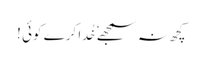
کچھ نہ سمجھے ٗ خُدا کرے کوئی !